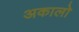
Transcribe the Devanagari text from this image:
अकालो